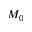
M _ { 0 }